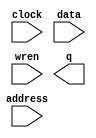
// megafunction wizard: %RAM: 1-PORT%VBB%
// GENERATION: STANDARD
// VERSION: WM1.0
// MODULE: altsyncram 

// ============================================================
// Megafunction Name(s):
// 			altsyncram
//
// Simulation Library Files(s):
// 			altera_mf
// ============================================================
// ************************************************************
// THIS IS A WIZARD-GENERATED FILE. DO NOT EDIT THIS FILE!
//
// 8.1 Build 163 10/28/2008 SJ Web Edition
// ************************************************************

//Copyright (C) 1991-2008 Altera Corporation
//Your use of Altera Corporation's design tools, logic functions 
//and other software and tools, and its AMPP partner logic 
//functions, and any output files from any of the foregoing 
//(including device programming or simulation files), and any 
//associated documentation or information are expressly subject 
//to the terms and conditions of the Altera Program License 
//Subscription Agreement, Altera MegaCore Function License 
//Agreement, or other applicable license agreement, including, 
//without limitation, that your use is for the sole purpose of 
//programming logic devices manufactured by Altera and sold by 
//Altera or its authorized distributors.  Please refer to the 
//applicable agreement for further details.

module ram_high_kick_sprite (
	address,
	clock,
	data,
	wren,
	q);

	input	[14:0]  address;
	input	  clock;
	input	[3:0]  data;
	input	  wren;
	output	[3:0]  q;

endmodule

// ============================================================
// CNX file retrieval info
// ============================================================
// Retrieval info: PRIVATE: ADDRESSSTALL_A NUMERIC "0"
// Retrieval info: PRIVATE: AclrAddr NUMERIC "0"
// Retrieval info: PRIVATE: AclrByte NUMERIC "0"
// Retrieval info: PRIVATE: AclrData NUMERIC "0"
// Retrieval info: PRIVATE: AclrOutput NUMERIC "0"
// Retrieval info: PRIVATE: BYTE_ENABLE NUMERIC "0"
// Retrieval info: PRIVATE: BYTE_SIZE NUMERIC "8"
// Retrieval info: PRIVATE: BlankMemory NUMERIC "0"
// Retrieval info: PRIVATE: CLOCK_ENABLE_INPUT_A NUMERIC "0"
// Retrieval info: PRIVATE: CLOCK_ENABLE_OUTPUT_A NUMERIC "0"
// Retrieval info: PRIVATE: Clken NUMERIC "0"
// Retrieval info: PRIVATE: DataBusSeparated NUMERIC "1"
// Retrieval info: PRIVATE: IMPLEMENT_IN_LES NUMERIC "0"
// Retrieval info: PRIVATE: INIT_FILE_LAYOUT STRING "PORT_A"
// Retrieval info: PRIVATE: INIT_TO_SIM_X NUMERIC "0"
// Retrieval info: PRIVATE: INTENDED_DEVICE_FAMILY STRING "Cyclone II"
// Retrieval info: PRIVATE: JTAG_ENABLED NUMERIC "0"
// Retrieval info: PRIVATE: JTAG_ID STRING "NONE"
// Retrieval info: PRIVATE: MAXIMUM_DEPTH NUMERIC "0"
// Retrieval info: PRIVATE: MIFfilename STRING "high_kick.mif"
// Retrieval info: PRIVATE: NUMWORDS_A NUMERIC "32768"
// Retrieval info: PRIVATE: RAM_BLOCK_TYPE NUMERIC "0"
// Retrieval info: PRIVATE: READ_DURING_WRITE_MODE_PORT_A NUMERIC "3"
// Retrieval info: PRIVATE: RegAddr NUMERIC "1"
// Retrieval info: PRIVATE: RegData NUMERIC "1"
// Retrieval info: PRIVATE: RegOutput NUMERIC "0"
// Retrieval info: PRIVATE: SYNTH_WRAPPER_GEN_POSTFIX STRING "0"
// Retrieval info: PRIVATE: SingleClock NUMERIC "1"
// Retrieval info: PRIVATE: UseDQRAM NUMERIC "1"
// Retrieval info: PRIVATE: WRCONTROL_ACLR_A NUMERIC "0"
// Retrieval info: PRIVATE: WidthAddr NUMERIC "15"
// Retrieval info: PRIVATE: WidthData NUMERIC "4"
// Retrieval info: PRIVATE: rden NUMERIC "0"
// Retrieval info: CONSTANT: CLOCK_ENABLE_INPUT_A STRING "BYPASS"
// Retrieval info: CONSTANT: CLOCK_ENABLE_OUTPUT_A STRING "BYPASS"
// Retrieval info: CONSTANT: INIT_FILE STRING "high_kick.mif"
// Retrieval info: CONSTANT: INTENDED_DEVICE_FAMILY STRING "Cyclone II"
// Retrieval info: CONSTANT: LPM_HINT STRING "ENABLE_RUNTIME_MOD=NO"
// Retrieval info: CONSTANT: LPM_TYPE STRING "altsyncram"
// Retrieval info: CONSTANT: NUMWORDS_A NUMERIC "32768"
// Retrieval info: CONSTANT: OPERATION_MODE STRING "SINGLE_PORT"
// Retrieval info: CONSTANT: OUTDATA_ACLR_A STRING "NONE"
// Retrieval info: CONSTANT: OUTDATA_REG_A STRING "UNREGISTERED"
// Retrieval info: CONSTANT: POWER_UP_UNINITIALIZED STRING "FALSE"
// Retrieval info: CONSTANT: WIDTHAD_A NUMERIC "15"
// Retrieval info: CONSTANT: WIDTH_A NUMERIC "4"
// Retrieval info: CONSTANT: WIDTH_BYTEENA_A NUMERIC "1"
// Retrieval info: USED_PORT: address 0 0 15 0 INPUT NODEFVAL address[14..0]
// Retrieval info: USED_PORT: clock 0 0 0 0 INPUT NODEFVAL clock
// Retrieval info: USED_PORT: data 0 0 4 0 INPUT NODEFVAL data[3..0]
// Retrieval info: USED_PORT: q 0 0 4 0 OUTPUT NODEFVAL q[3..0]
// Retrieval info: USED_PORT: wren 0 0 0 0 INPUT NODEFVAL wren
// Retrieval info: CONNECT: @address_a 0 0 15 0 address 0 0 15 0
// Retrieval info: CONNECT: q 0 0 4 0 @q_a 0 0 4 0
// Retrieval info: CONNECT: @clock0 0 0 0 0 clock 0 0 0 0
// Retrieval info: CONNECT: @data_a 0 0 4 0 data 0 0 4 0
// Retrieval info: CONNECT: @wren_a 0 0 0 0 wren 0 0 0 0
// Retrieval info: LIBRARY: altera_mf altera_mf.altera_mf_components.all
// Retrieval info: GEN_FILE: TYPE_NORMAL ram_high_kick_sprite.v TRUE
// Retrieval info: GEN_FILE: TYPE_NORMAL ram_high_kick_sprite.inc FALSE
// Retrieval info: GEN_FILE: TYPE_NORMAL ram_high_kick_sprite.cmp FALSE
// Retrieval info: GEN_FILE: TYPE_NORMAL ram_high_kick_sprite.bsf TRUE
// Retrieval info: GEN_FILE: TYPE_NORMAL ram_high_kick_sprite_inst.v FALSE
// Retrieval info: GEN_FILE: TYPE_NORMAL ram_high_kick_sprite_bb.v TRUE
// Retrieval info: GEN_FILE: TYPE_NORMAL ram_high_kick_sprite_waveforms.html TRUE
// Retrieval info: GEN_FILE: TYPE_NORMAL ram_high_kick_sprite_wave*.jpg FALSE
// Retrieval info: LIB_FILE: altera_mf